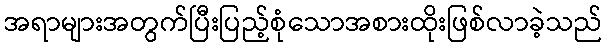
အရာများအတွက်ပြီးပြည့်စုံသောအစားထိုးဖြစ်လာခဲ့သည်